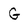
Character: G